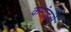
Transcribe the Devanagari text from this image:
कमांडर्स